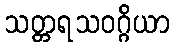
သတ္တရသဝဂ္ဂိယာ